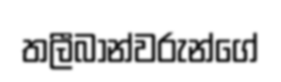
තලීබාන්වරුන්ගේ